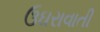
ઉઘરાવાતી